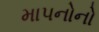
માપનોનો